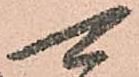
可